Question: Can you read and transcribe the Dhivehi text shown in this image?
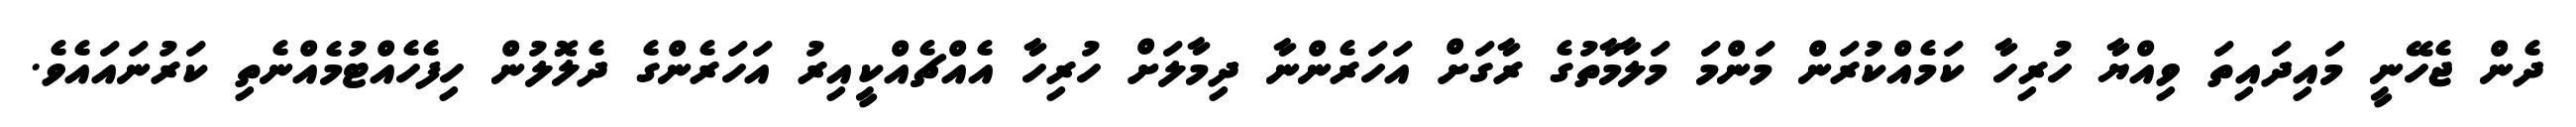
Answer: ދެން ޖެހޭނީ މައިދައިތަ ވިއްޔާ ހުރިހާ ކަމެއްކުރަން މަންމަ މަލާމާތުގެ ރާގަށް އަހަރެންނާ ދިމާލަށް ހުރިހާ އެއްޗެއްކީއިރު އަހަރެންގެ ދެލޮލުން ހިފެހެއްޓުމެއްނެތި ކަރުނައައެވެ.